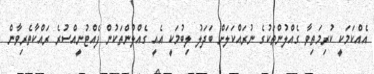
އެއްކަމަކީ ކުރިމަތިވާ ގެއްލުންތަކުގެ ނުރައްކަލަށް ބަދަލު ލިބުމަކީ އެއީ ގެއްލުންތަކުން ފެއްޓުނީއްސުރެ ރައްކާތެރިވާން